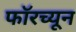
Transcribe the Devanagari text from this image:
फॉरच्यून